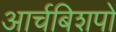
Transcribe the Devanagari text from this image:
आर्चबिशपों